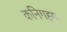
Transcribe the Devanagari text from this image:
कनिगहम